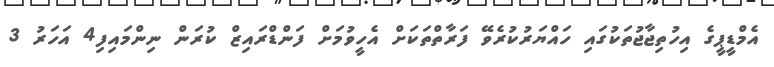
އެމްޑީޕީގެ އިހުތިޖާޖުތަކުގައި ހައްޔަރުކުރެވޭ ފަރާތްތަކަށް އެހީވުމަށް ފަންޑްރައިޒް ކުރަން ނިންމައިފި4 އަހަރު 3